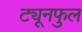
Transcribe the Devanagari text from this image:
ट्यूनफुल